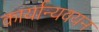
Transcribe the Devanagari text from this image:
कार्यान्यवयन